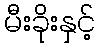
မီးခိုးနှင့်